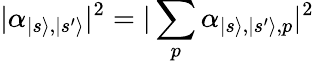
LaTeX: |\alpha_{|s\rangle,|s^{\prime}\rangle}|^{2}=|\sum_{p}\alpha_{|s\rangle,|s^{\prime}\rangle,p}|^{2}